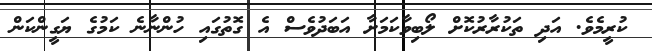
ކުރީމެވެ. އަދި ތަކުރާރުކޮށް ލޯބިވާކަމަށާ އަބަދުވެސް އެ ގޮތުގައި ހުންނާނެ ކަމުގެ ޔަގީންކަން